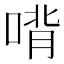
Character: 𰈉